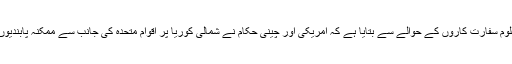
خبر رساں ایجنسی روئٹرز نے نا معلوم سفارت کاروں کے حوالے سے بتایا ہے کہ امریکی اور چینی حکام نے شمالی کوریا پر اقوامِ متحدہ کی جانب سے ممکنہ پابندیوں کے حوالے سے بات چیت کی ہے۔